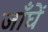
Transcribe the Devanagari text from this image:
जाँघें